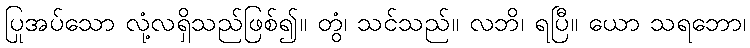
ပြုအပ်သော လုံ့လရှိသည်ဖြစ်၍။ တွံ၊ သင်သည်။ လဘိ၊ ရပြီ။ ယော သရဘော၊